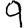
Digit: 9